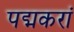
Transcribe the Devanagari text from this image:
पद्मकरां